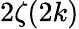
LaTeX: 2\zeta(2k)